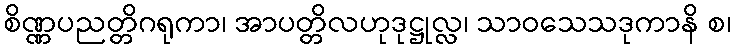
စိဏ္ဏပညတ္တိဂရုကာ၊ အာပတ္တိလဟုဒုဋ္ဌုလ္လ၊ သာဝသေသဒုကာနိ စ၊